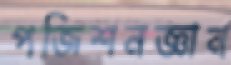
পজিশনজ্ঞান